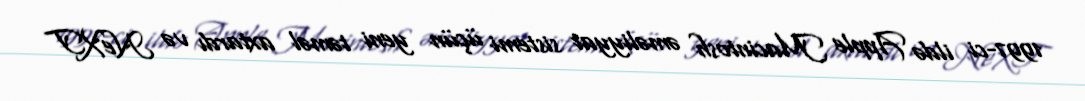
1997-ci ildə Apple Macintosh əməliyyat sistemi üçün yeni təməl axtardı və NeXT